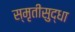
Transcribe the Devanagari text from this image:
स्मृतीसुद्धा